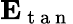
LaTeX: \mathbf{E}_{\mathrm{~t~a~n~}}